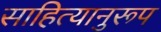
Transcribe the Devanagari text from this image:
साहित्यानुरूप